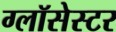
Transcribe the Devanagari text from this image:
ग्लॉसेस्टर